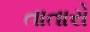
તાતારો